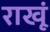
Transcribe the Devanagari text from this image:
राखूं